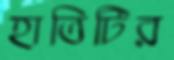
হাতিটির